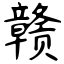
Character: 赣